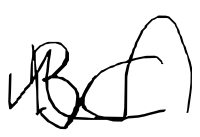
Text: BC
Cross-out: wave
Writing tool: digital_black